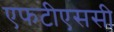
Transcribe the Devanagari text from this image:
एफटीएससी